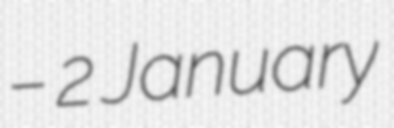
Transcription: – 2 January